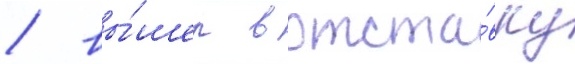
/ вы́шел в отста́вку